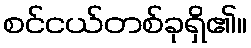
စင်ငယ်တစ်ခုရှိ၏။